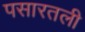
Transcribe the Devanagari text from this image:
पसारतली